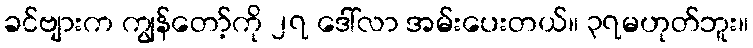
ခင်ဗျားက ကျွန်တော့်ကို ၂၇ ဒေါ်လာ အမ်းပေးတယ်။ ၃၇မဟုတ်ဘူး။